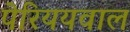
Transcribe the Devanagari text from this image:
पेरिययवाल